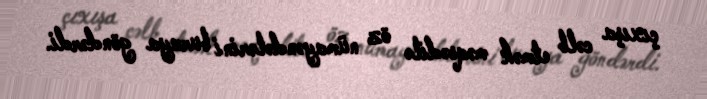
çıxışa cəlb etmək məqsədilə öz nümayəndələrini buraya göndərdi.